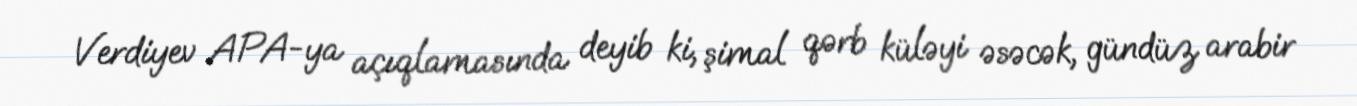
Verdiyev APA-ya açıqlamasında deyib ki, şimal qərb küləyi əsəcək, gündüz arabir